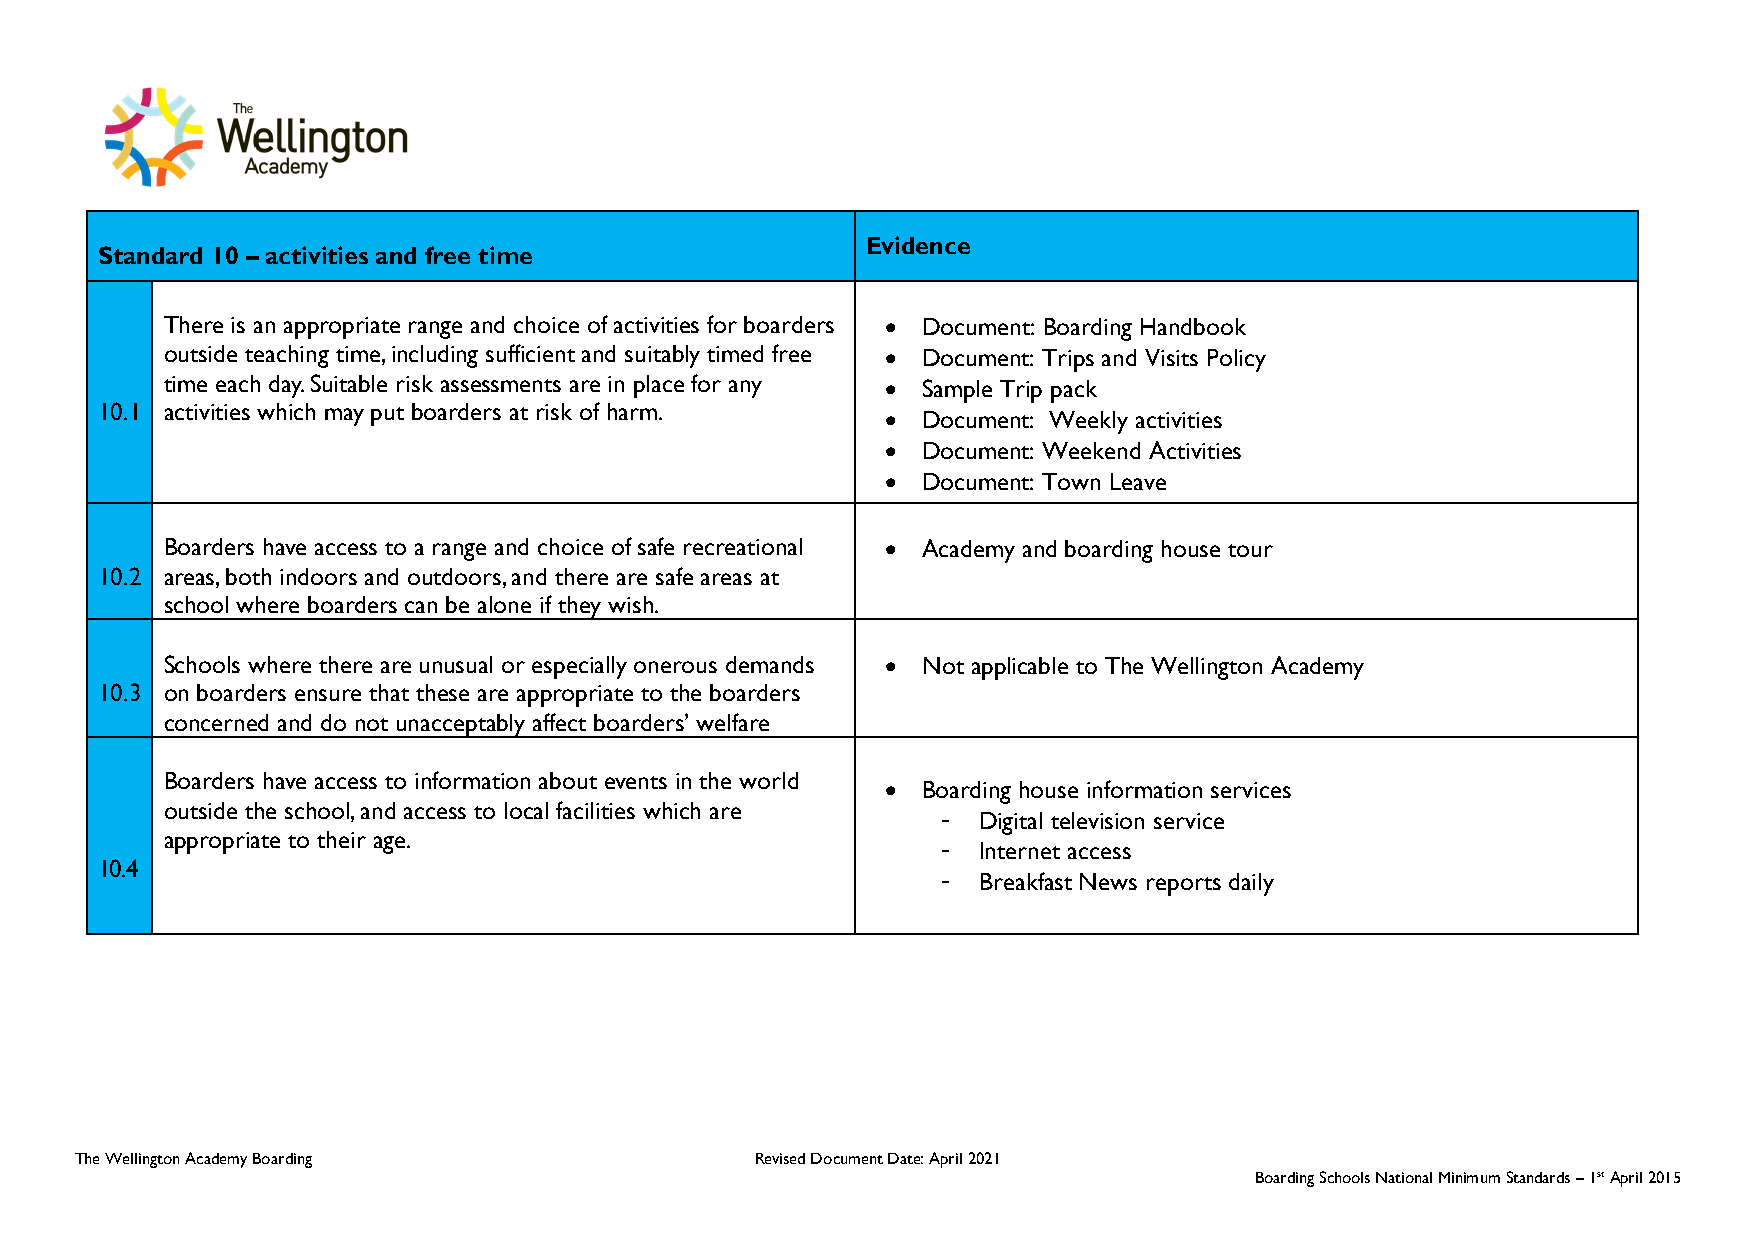
Evidence
 Standard 10 – activities and free time
 There is an appropriate range and choice of activities for boarders • Document: Boarding Handbook
 outside teaching time, including sufficient and suitably timed free • Document: Trips and Visits Policy
 time each day. Suitable risk assessments are in place for any • Sample Trip pack
 10.1 activities which may put boarders at risk of harm.
 • Document: Weekly activities
 • Document: Weekend Activities
 • Document: Town Leave
 Boarders have access to a range and choice of safe recreational • Academy and boarding house tour
 10.2 areas, both indoors and outdoors, and there are safe areas at
 school where boarders can be alone if they wish.
 Schools where there are unusual or especially onerous demands • Not applicable to The Wellington Academy
 10.3 on boarders ensure that these are appropriate to the boarders
 concerned and do not unacceptably affect boarders’ welfare
 Boarders have access to information about events in the world
 • Boarding house information services
 outside the school, and access to local facilities which are
 -  Digital television service
 appropriate to their age.
 -  Internet access
 10.4
 -  Breakfast News reports daily
 The Wellington Academy Boarding              Revised Document Date: April 2021
 Boarding Schools National Minimum Standards – 1st April 2015